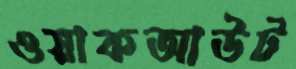
ওয়াকআউট